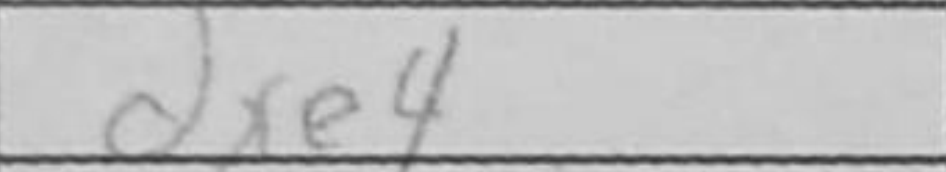
Transcription: dxe4